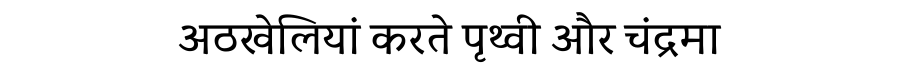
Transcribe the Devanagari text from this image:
अठखेलियां करते पृथ्वी और चंद्रमा